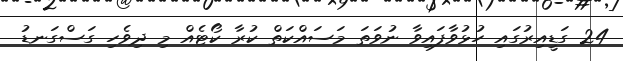
24 ގަޑީއިރުގައި ހުޅުވާފައިވާ ނުވަތަ މަސައްކަތް ކުރާ ކޯޓެއް މި ދިވެހި ގަސްގަނޑު